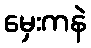
မှေးကနဲ